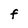
Character: f